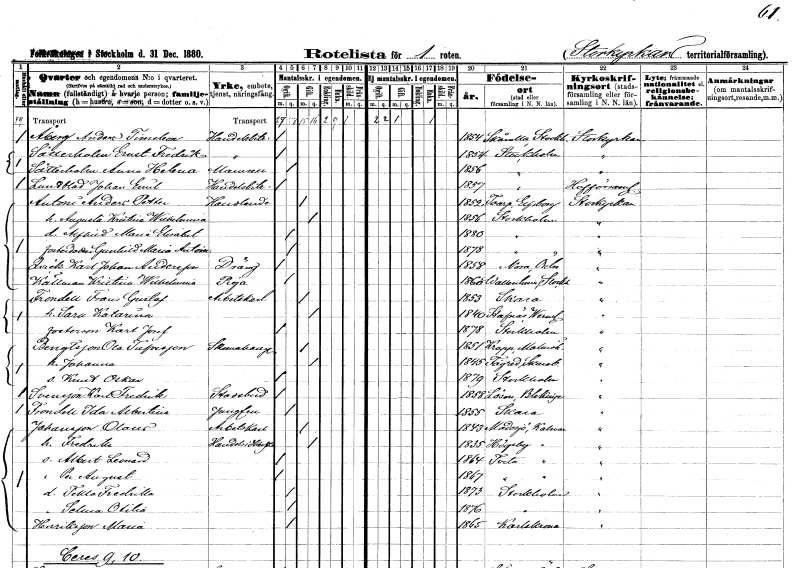
gt_parse: households: individuals: FN: Anders Timeleon
EN: Åberg
YRKE: Handelsbiträde
KON: M
CIV: O
FODAR: 1854
FODFORS: Skånela Stockholms län
FN: Ernst Fredrik
EN: Sätterholm
YRKE: Handelsbiträde
KON: M
CIV: O
FODAR: 1854
FODFORS: Stockholm
FN: Anna Helena
EN: Sätterholm
KON: K
CIV: O
FODAR: 1856
FODFORS: Stockholm
FN: Johan Emil
EN: Lundblad
YRKE: Handelsbiträde
KON: M
CIV: O
FODAR: 1857
FODFORS: Stockholm
FN: Anders Petter
EN: Antoni
YRKE: Handlande
KON: M
CIV: G
FODAR: 1852
FODFORS: Toarp Älvsborgs län
FN: Augusta Kristina Wilhelmina
KON: K
CIV: G
FODAR: 1856
FODFORS: Stockholm
FN: Alfried Maria Elisabet
KON: K
CIV: O
FODAR: 1880
FODFORS: Stockholm
FN: Gunhild Maria Antoinette
KON: K
CIV: O
FODAR: 1878
FODFORS: Stockholm
FN: Karl Johan
EN: Qvick Andersson
YRKE: Dräng
KON: M
CIV: O
FODAR: 1858
FODFORS: Nora Örebro län
FN: Kristina Wilhelmina
EN: Källman
YRKE: Piga
KON: K
CIV: O
FODAR: 1860
FODFORS: Vallentuna Stockholms län
FN: Frans Gustaf
EN: Frondell
YRKE: Arbetskarl
KON: M
CIV: G
FODAR: 1853
FODFORS: Skara Skaraborgs län
FN: Sara Katarina
KON: K
CIV: G
FODAR: 1840
FODFORS: Stavnäs Värmlands län
FN: Karl Josef
KON: M
CIV: O
FODAR: 1878
FODFORS: Stockholm
FN: Ola
EN: Bengtsson Tufvesson
YRKE: Skomakaregesäll
KON: M
CIV: G
FODAR: 1851
FODFORS: Kropp Malmöhus län
FN: Johanna
KON: K
CIV: G
FODAR: 1845
FODFORS: Fägre Skaraborgs län
FN: Knut Oskar
KON: M
CIV: O
FODAR: 1879
FODFORS: Stockholm
FN: Karl Fredrik
EN: Svensson
YRKE: Stadsbud
KON: M
CIV: O
FODAR: 1858
FODFORS: Lösen Blekinge län
FN: Ida Albertina
EN: Frondell
YRKE: Jungfru
KON: K
CIV: O
FODAR: 1855
FODFORS: Skara Skaraborgs län
FN: Olaus
EN: Johansson
YRKE: Arbetskarl
KON: M
CIV: G
FODAR: 1843
FODFORS: Madesjö Kalmar län
FN: Fredrika
KON: K
CIV: G
FODAR: 1835
FODFORS: Högsby Kalmar län
FN: Albert Leonard
KON: M
CIV: O
FODAR: 1864
FODFORS: Tveta Kalmar län
FN: Per August
KON: M
CIV: O
FODAR: 1867
FODFORS: Tveta Kalmar län
FN: Tekla Fredrika
KON: K
CIV: O
FODAR: 1873
FODFORS: Stockholm
FN: Selma Otilia
KON: K
CIV: O
FODAR: 1876
FODFORS: Stockholm
FN: Maria
EN: Henriksson
KON: K
CIV: O
FODAR: 1865
FODFORS: Karlskrona Blekinge län